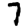
Digit: 7